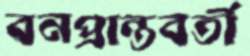
বনপ্রান্তবর্তী